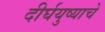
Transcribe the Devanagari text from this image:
दीर्घयुष्याचे